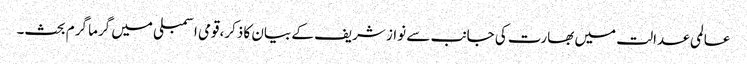
عالمی عدالت میں بھارت کی جانب سے نواز شریف کے بیان کا ذکر،قومی اسمبلی میں گرما گرم بحث۔